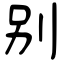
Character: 别